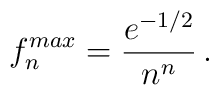
f_n^{max} =  { e^{- {1 / 2}} \over n^n} \, .